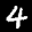
Label: 4